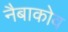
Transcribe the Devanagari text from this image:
नैबाकोव